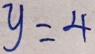
y = 4